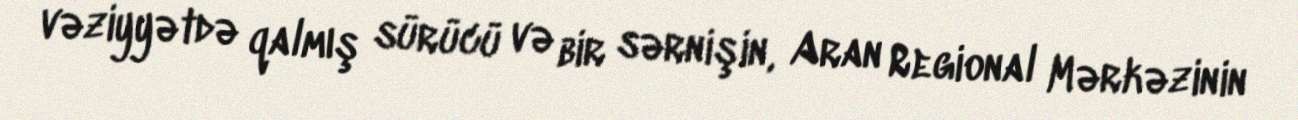
vəziyyətdə qalmış sürücü və bir sərnişin, Aran Regional Mərkəzinin